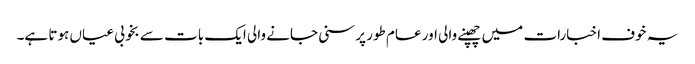
یہ خوف اخبارات میں چھپنے والی اور عام طور پر سنی جانے والی ایک بات سے بخوبی عیاں ہوتا ہے۔